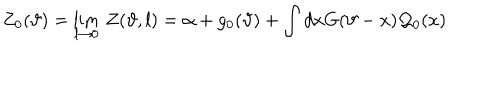
Z _ { 0 } ( \vartheta ) = \lim _ { l \rightarrow 0 } \, Z ( \vartheta , l ) = \alpha + g _ { 0 } ( \vartheta ) + \displaystyle \int d x G ( \vartheta - x ) { \cal Q } _ { 0 } ( x )